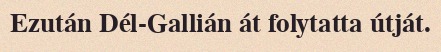
Ezután Dél-Gallián át folytatta útját.